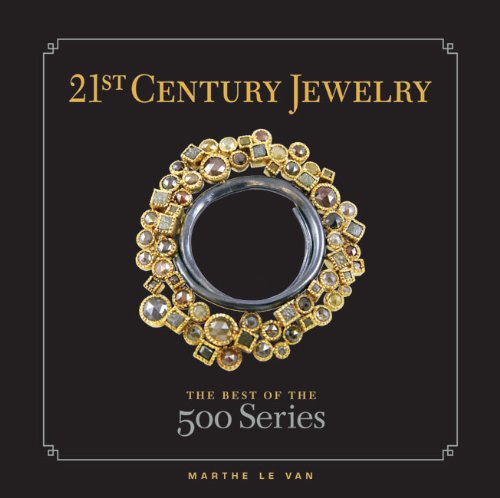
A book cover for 21st Century Jewelry: The Best of the 500 Series; Marthe Le Van; Crafts, Hobbies & Home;